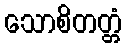
သောစိတတ္တံ